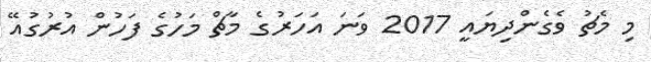
މި މެޗު ވެގެންދިޔައީ 2017 ވަނަ އަހަރުގެ މާޗް މަހުގެ ފަހުން އުރުގުއޭ